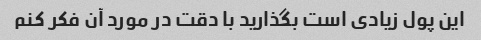
این پول زیادی است بگذارید با دقت در مورد آن فکر کنم